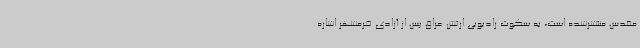
مقدس منتشرشده است، به سکوت رادیویی ارتش عراق پس از آزادی خرمشهر اشاره